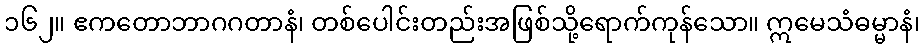
၁၆၂။ ဧကတောဘာဂဂတာနံ၊ တစ်ပေါင်းတည်းအဖြစ်သို့ရောက်ကုန်သော။ ဣမေသံဓမ္မာနံ၊